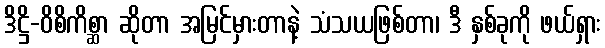
ဒိဋ္ဌိ-ဝိစိကိစ္ဆာ ဆိုတာ အမြင်မှားတာနဲ့ သံသယဖြစ်တာ၊ ဒီ နှစ်ခုကို ဖယ်ရှား